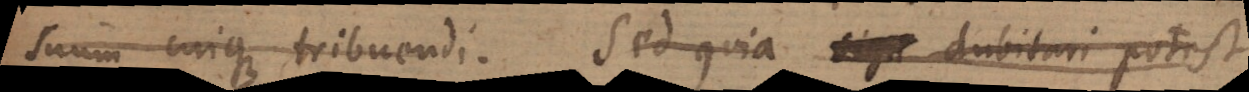
suum cuique tribuendi. Sed quia dubitari saepe